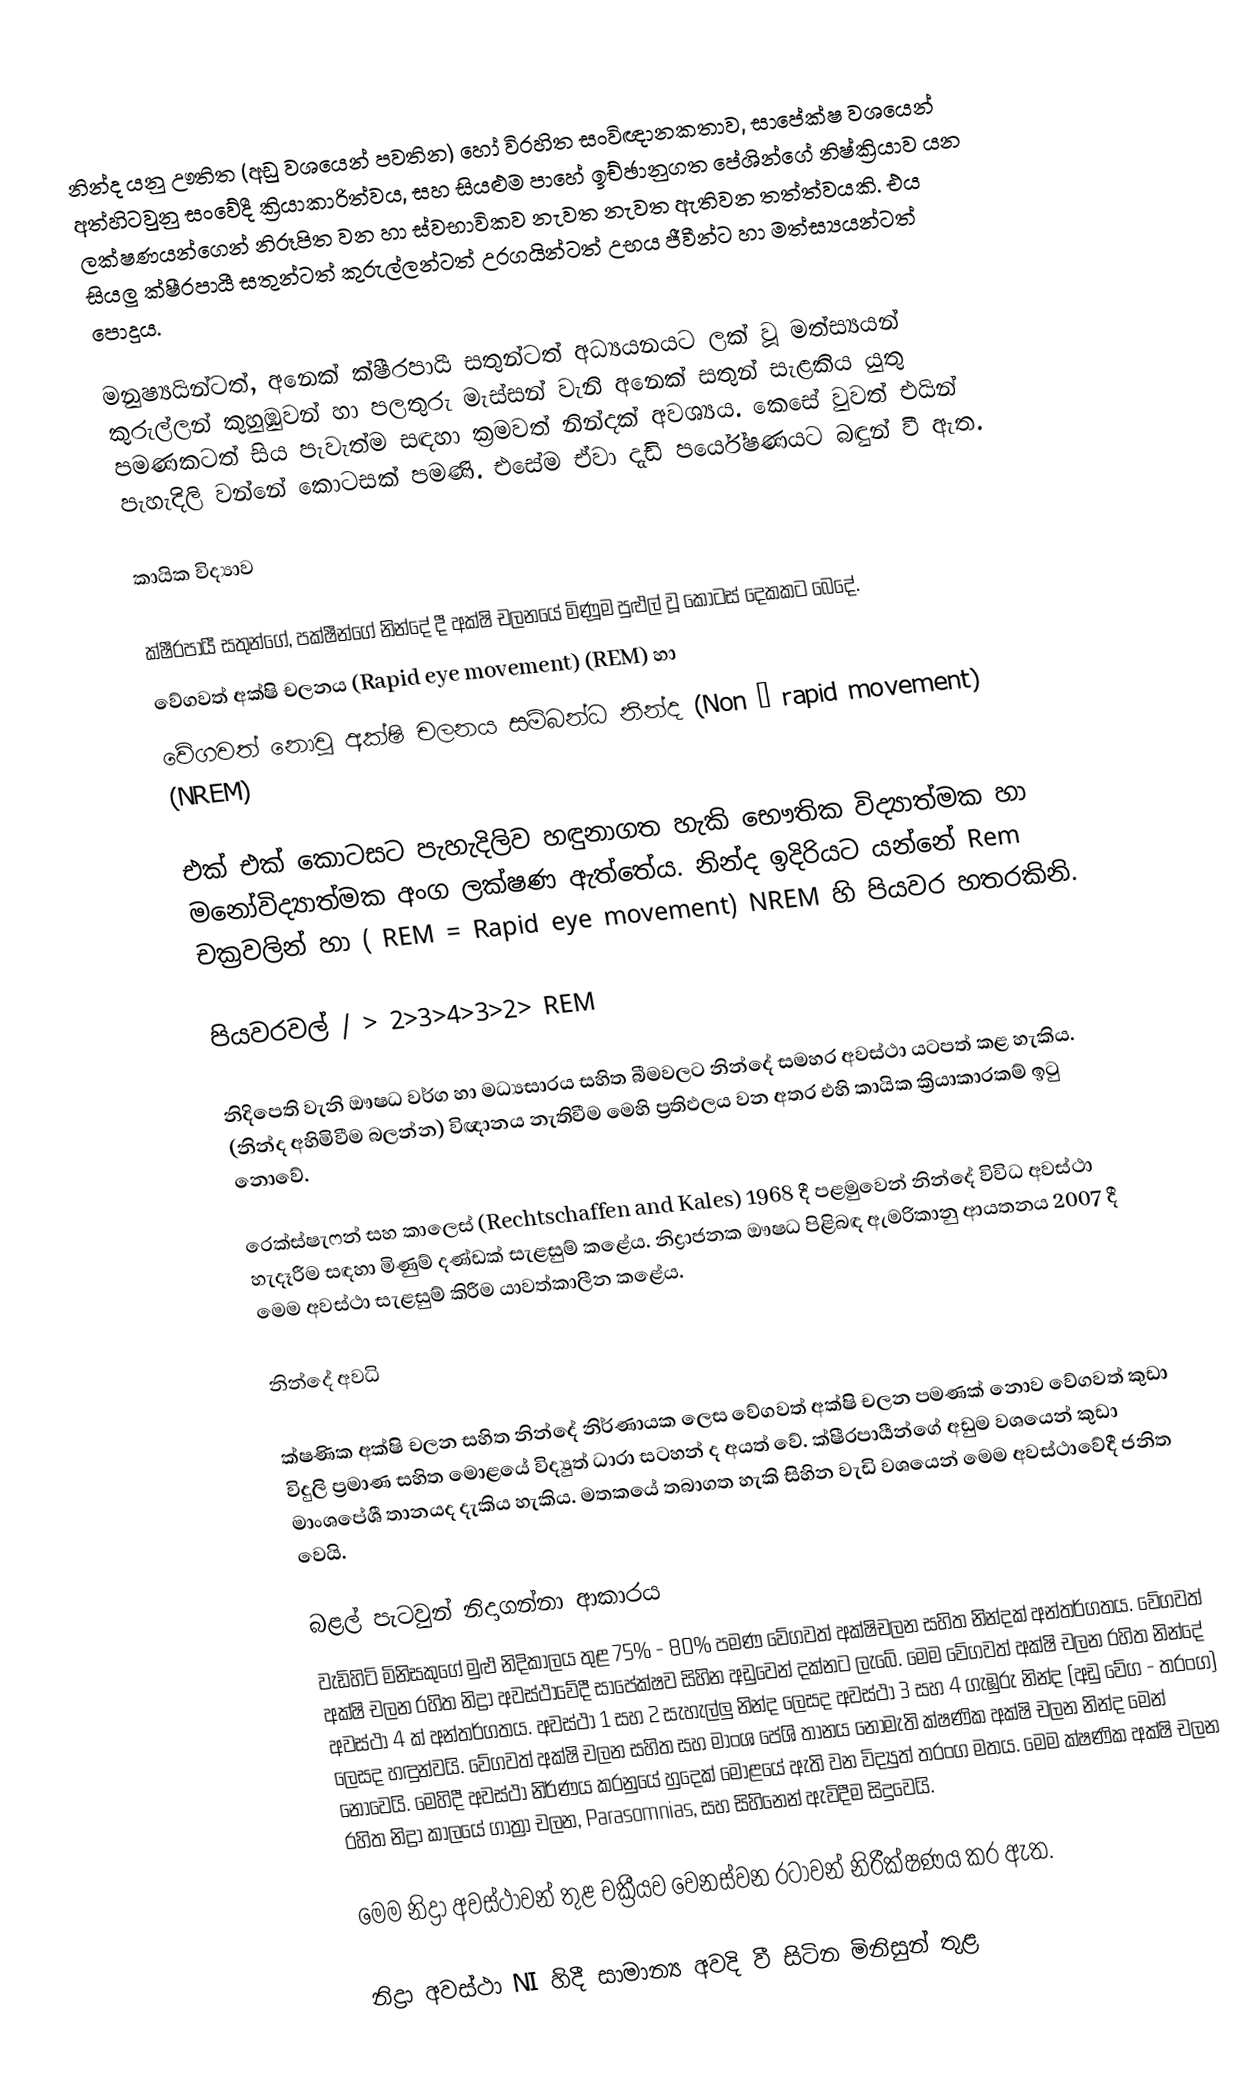
නින්ද යනු ඌතිත (අඩු වශයෙන් පවතින)  හෝ විරහිත සංවිඥානකතාව,  සාපේක්ෂ වශයෙන් අත්හිටවුනු සංවේදී ක්‍රියාකාරිත්වය, සහ සියළුම පාහේ ඉච්ඡානුගත පේශින්ගේ නිෂ්ක්‍රියාව යන ලක්ෂණයන්ගෙන් නිරූපිත වන හා ස්වභාවිකව නැවත නැවත ඇතිවන තත්ත්වයකි. එය සියලු ක්ෂීරපායී සතුන්ටත් කුරුල්ලන්ටත් උරගයින්ටත් උභය ජීවීන්ට හා මත්ස්‍යයන්ටත් පොදුය.

මනුෂ්‍යයින්ටත්, අනෙක් ක්ෂීරපායී සතුන්ටත් අධ්‍යයනයට ලක් වූ මත්ස්‍යයන් කුරුල්ලන් කුහුඹුවන් හා පලතුරු මැස්සන් වැනි අනෙක් සතුන් සැළකිය යුතු පමණකටත් සිය පැවැත්ම සඳහා ක්‍රමවත් නින්දක් අවශ්‍යය. කෙසේ වුවත් එයින් පැහැදිලි වන්නේ කොටසක් පමණි. එසේම ඒවා දැඩි පර්යේෂණයට බඳුන් වී ඇත.

කායික විද්‍යාව

ක්ෂීරපායී සතුන්ගේ, පක්ෂීන්ගේ නින්දේ දී අක්ෂි චලනයේ මිණූම පුළුල් වූ කොටස් දෙකකට බෙදේ.
 වේගවත් අක්ෂි චලනය (Rapid eye movement) (REM) හා
 වේගවත් නොවූ අක්ෂි චලනය සම්බන්ධ නින්ද (Non – rapid movement) (NREM)

එක් එක් කොටසට පැහැදිලිව හඳුනාගත හැකි භෞතික විද්‍යාත්මක හා මනෝවිද්‍යාත්මක අංග ලක්ෂණ ඇත්තේය. නින්ද ඉදිරියට යන්නේ Rem චක්‍රවලින් හා ( REM = Rapid eye movement) NREM හි පියවර හතරකිනි.

පියවරවල් / > 2>3>4>3>2> REM

නිදිපෙති වැනි ඖෂධ වර්ග හා මධ්‍යසාරය සහිත බීමවලට නින්දේ සමහර අවස්ථා යටපත් කළ හැකිය. (නින්ද අහිමිවීම බලන්න) විඥානය නැතිවීම මෙහි ප්‍රතිඵලය වන අතර එහි කායික ක්‍රියාකාරකම් ඉටු නොවේ.

‍රෙක්ස්ෂැෆන් සහ කාලෙස් (Rechtschaffen and Kales) 1968 දී පළමුවෙන් නින්දේ විවිධ අවස්ථා හැදෑරීම සඳහා මිණුම් දණ්ඩක් සැළසුම් කළේය. නිද්‍රාජනක ඖෂධ පිළිබඳ ඇමරිකානු ආයතනය 2007 දී මෙම අවස්ථා සැළසුම් කිරීම යාවත්කාලීන ක‍ළේය.

නින්දේ අවධි

ක්ෂණික අක්ෂි චලන සහිත නින්දේ නිර්ණායක ලෙස වේගවත් අක්ෂි චලන පමණක් නොව වේගවත් කුඩා විදුලි ප්‍රමාණ සහිත මොළයේ විද්‍යුත් ධාරා සටහන් ද අයත් වේ. ක්ෂීරපායීන්ගේ අඩුම වශයෙන් කුඩා මාංශපේශී තානයද දැකිය හැකිය. මතකයේ තබාගත හැකි සිහින වැඩි වශයෙන් මෙම අවස්ථාවේදී ජනිත වෙයි.

බළල් පැටවුන් නිදාගන්නා ආකාරය
වැඩිහිටි මිනිසකුගේ මුළු නිදිකාලය තුළ 75% - 80% පමණ වේගවත් අක්ෂිචලන සහිත නින්දක් අන්තර්ගතය. වේගවත් අක්ෂි චලන රහිත නිද්‍රා අවස්ථාවේදී සාපේක්ෂව සිහින අඩුවෙන් දක්නට ලැබේ. මෙම වේගවත් අක්ෂි චලන රහිත නින්දේ අවස්ථා 4 ක් අන්තර්ගතය. අවස්ථා 1 සහ 2 සැහැල්ලු නින්ද ලෙසද අවස්ථා 3 සහ 4 ගැඹුරු නින්ද (අඩු වේග - තරංග) ලෙසද හඳුන්වයි. වේගවත් අක්ෂි චලන සහිත සහ මාංශ පේශි තානය නොමැති ක්ෂණික අක්ෂි චලන නින්ද මෙන් නොවෙයි. මෙහිදී අවස්ථා නිර්ණය කරනුයේ හුදෙක් මොළයේ ඇති වන විද්‍යුත් තරංග මතය. මෙම ක්ෂණික අක්ෂි චලන රහිත නිද්‍රා කාලයේ ගාත්‍රා චලන, Parasomnias, සහ සිහිනෙන් ඇවිදීම සිදුවෙයි.

මෙම නිද්‍රා අවස්ථාවන් තුළ චක්‍රීයව වෙනස්වන රටාවන් නිරීක්ෂණය කර ඇත.

නිද්‍රා අවස්ථා NI හිදී සාමාන්‍ය අවදි වී සිටින මිනිසුන් තුළ